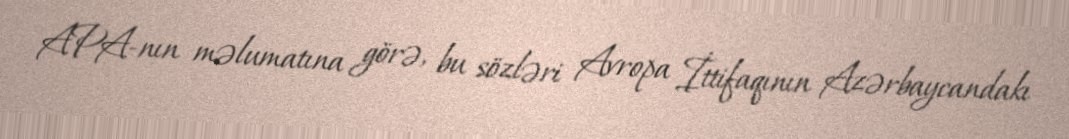
APA-nın məlumatına görə, bu sözləri Avropa İttifaqının Azərbaycandakı